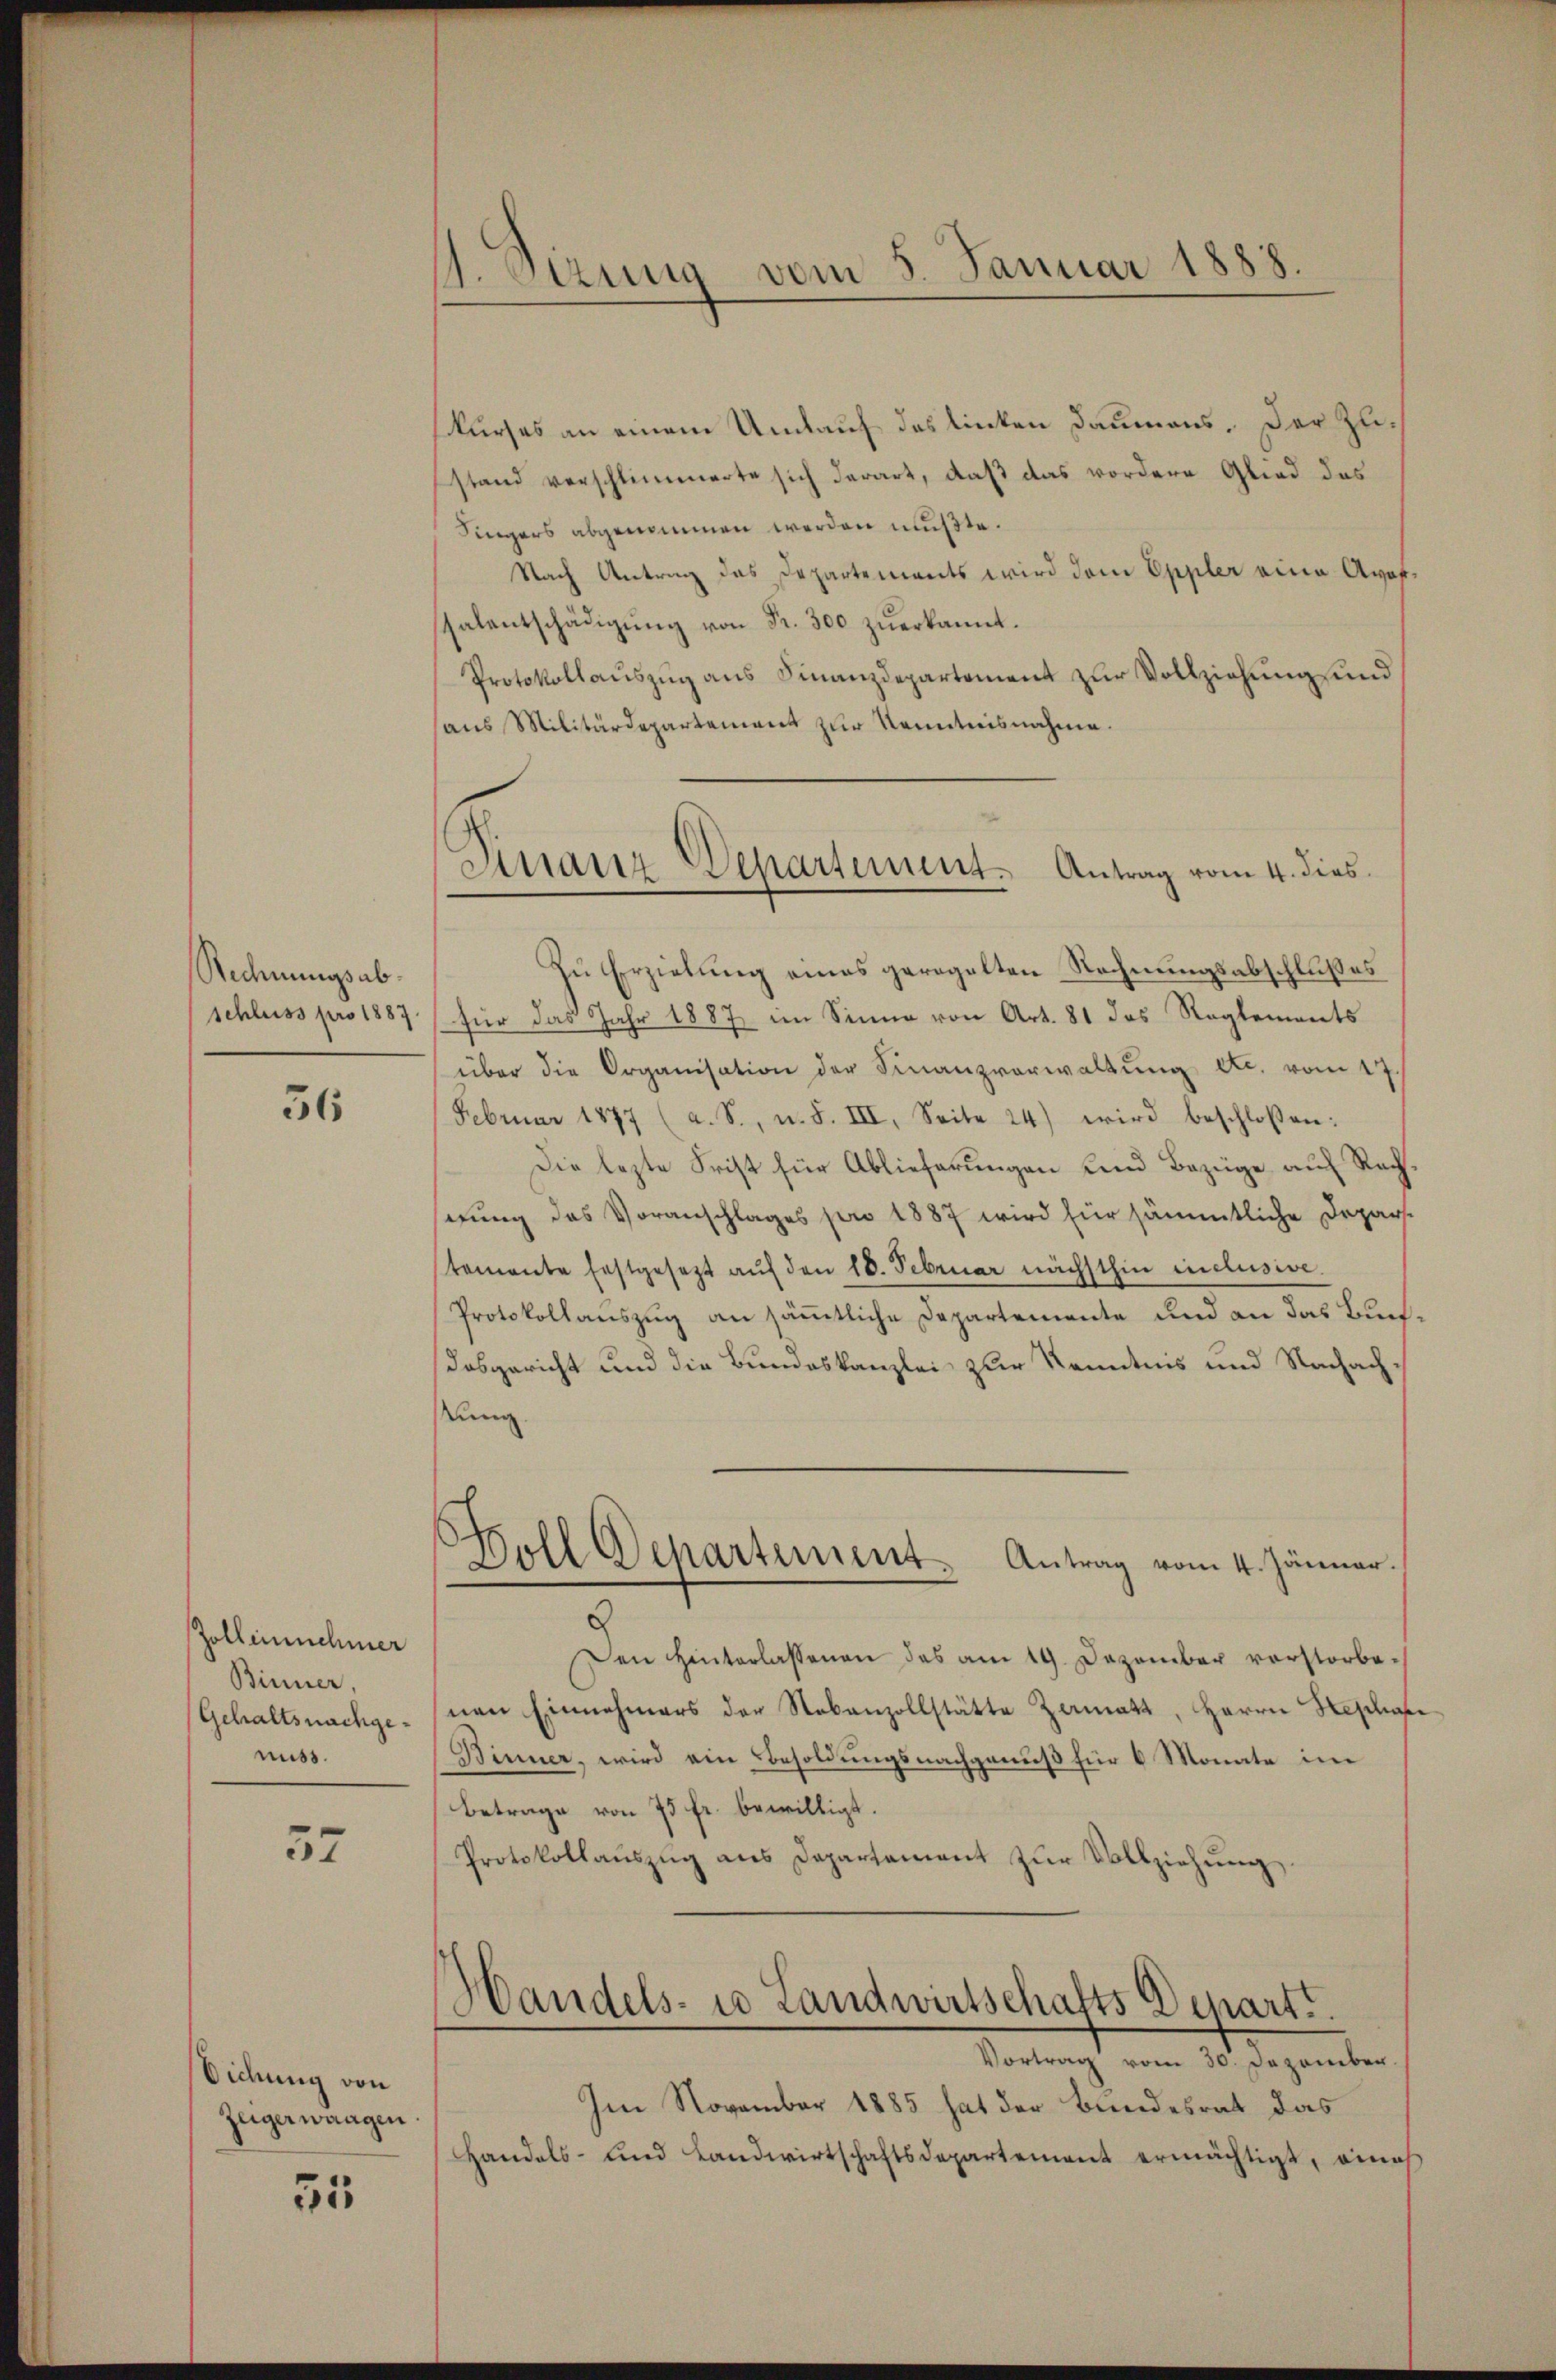
Rechnungsabschluss pro 1887

56

Zollinnehmer
Binner
Gehaltsnachgemiss.

57

Dichung von
Zeiger waagen.

55

S. Etzung vom 5. Januar 1888.

kurses an einem Umlauf des linken Daumens. Der Zustand verschlimmerte sich derart, daß das vordere Glied das
Singers abgenommen werden mußte.
Nach Antrag das Departements wird dem Eppler eine Avofscalentschädigŭng von Fr. 300 zŭerkannt.
Protokollauszug aus Finanzdepartement zur Vollziehung und
haus Militärdepartement zur Kenntnisnahme.
Zu Erziehung eines geregelten Rechnungsabschlußes
für das Jahr 1887 im Sinne von Art. 81 das Reglements
über die Organisation der Finanzverwaltŭng d. vom 17.
Februar 1877 (a. S., n. F. III. Seite 24) wird beschloßen:
Die lezte Frist für Ablieferungen und Bezüge auf Rechsezung des Voranschlages pro 1887 wird für sämmtliche Departemente festgesezt aŭf den 18. Februar nächsthin inclusive.
Protokollauszug an sämmtliche Departemente und an das Buch¬
Dosgericht und die Bundeskanzlei zur Kenntnis und Nachach¬
Rung
Holl Departement. Antrag vom 4. Jänner.
Den Hinterlassenen des am 19. Dezember vorstorbenen Einnehmers der Nebenzollstätte Zermatt, Herrn Heschaf
Binner, wird ein Besoldungsnachgenuß für 6 Monate im
Betrage von 75 fr. bewilligt.
Protokollaŭszŭg ans Departement zŭr Vollziehŭng
Handels- u Landwirtschafts Depart.
Vortrag vom 30. Dezember
Im November 1885 hat der Bundesrat das
Handels- und Landwirtschaftsdepartement ermächtigt, eines

Finanz-Departement. Antrag vom 4. dies